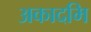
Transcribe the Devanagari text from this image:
अकादमि